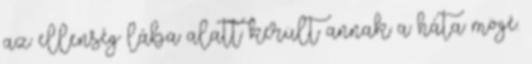
az ellenség lába alatt került annak a háta mögé.